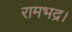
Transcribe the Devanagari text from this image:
रामभद्र।